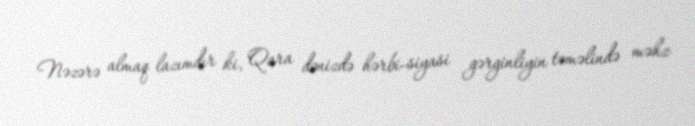
Nəzərə almaq lazımdır ki, Qara dənizdə hərbi-siyasi gərginliyin təməlində məhz